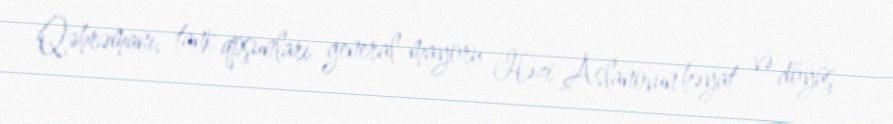
Qəhrəmanı, tank qoşunları general-mayoru Həzi Aslanovun həyat və döyüş